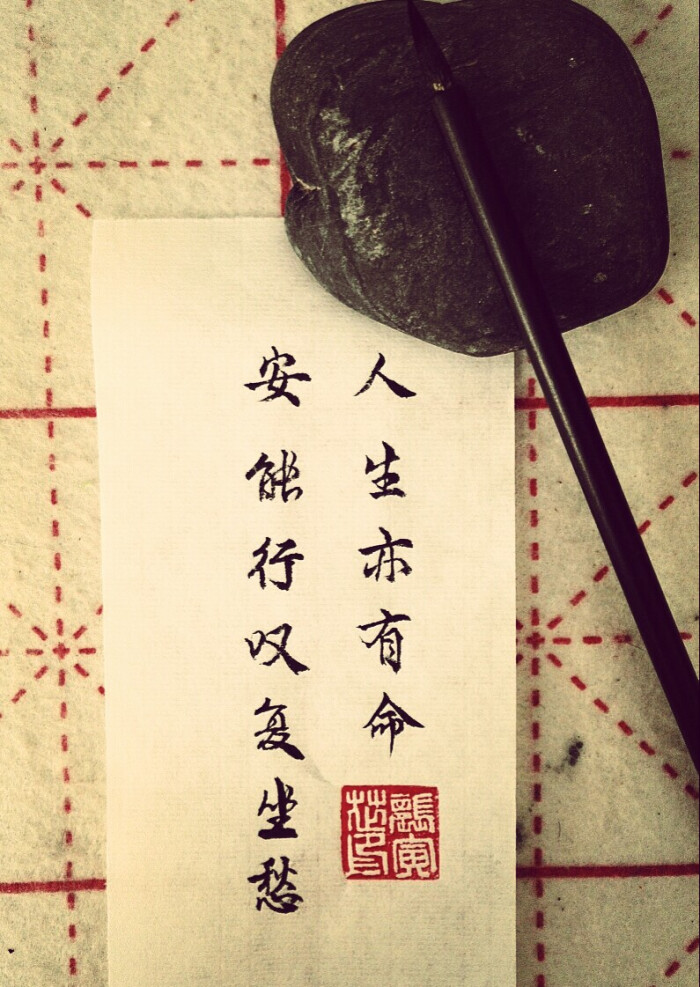
人生亦有命，安能行叹复坐愁？